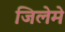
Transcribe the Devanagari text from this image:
जिलेमे